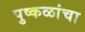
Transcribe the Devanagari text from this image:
पुष्कळांचा